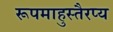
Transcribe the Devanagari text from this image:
रूपमाहुस्तैरप्य